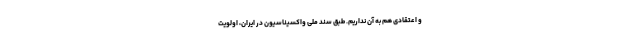
و اعتقادی هم به آن نداریم. طبق سند ملی واکسیناسیون در ایران، اولویت